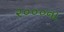
૨૦૦૦ના